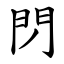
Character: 閁